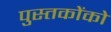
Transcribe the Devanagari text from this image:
पुस्‍तकोंको